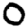
Digit: 0